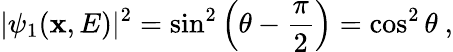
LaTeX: |\psi_{1}(\mathbf{x},E)|^{2}=\sin^{2}\left(\theta-\frac{{\pi}}{{2}}\right)=\cos^{2}\theta\ ,